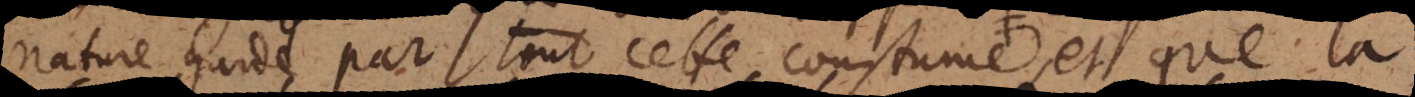
nature garde par tout cette coustume que que les